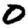
Digit: 0